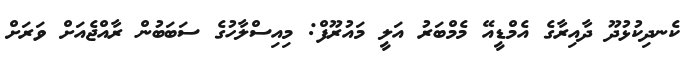
ކެނދިކުޅުދޫ ދާއިރާގެ އެމްޑީއޭ މެމްބަރު އަލީ މައުރޫފް: މިއިސްލާހުގެ ސަބަބުން ރާއްޖެއަށް ވަރަށް